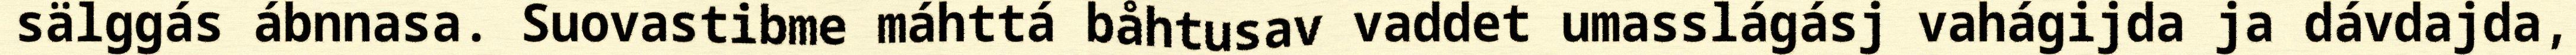
sälggás ábnnasa. Suovastibme máhttá båhtusav vaddet umasslágásj vahágijda ja dávdajda,